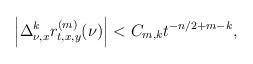
LaTeX: \begin{align*}\left|\Delta^k_{\nu,x}r^{(m)}_{t,x,y}(\nu)\right|<C_{m,k}t^{-n/2+m-k},\end{align*}